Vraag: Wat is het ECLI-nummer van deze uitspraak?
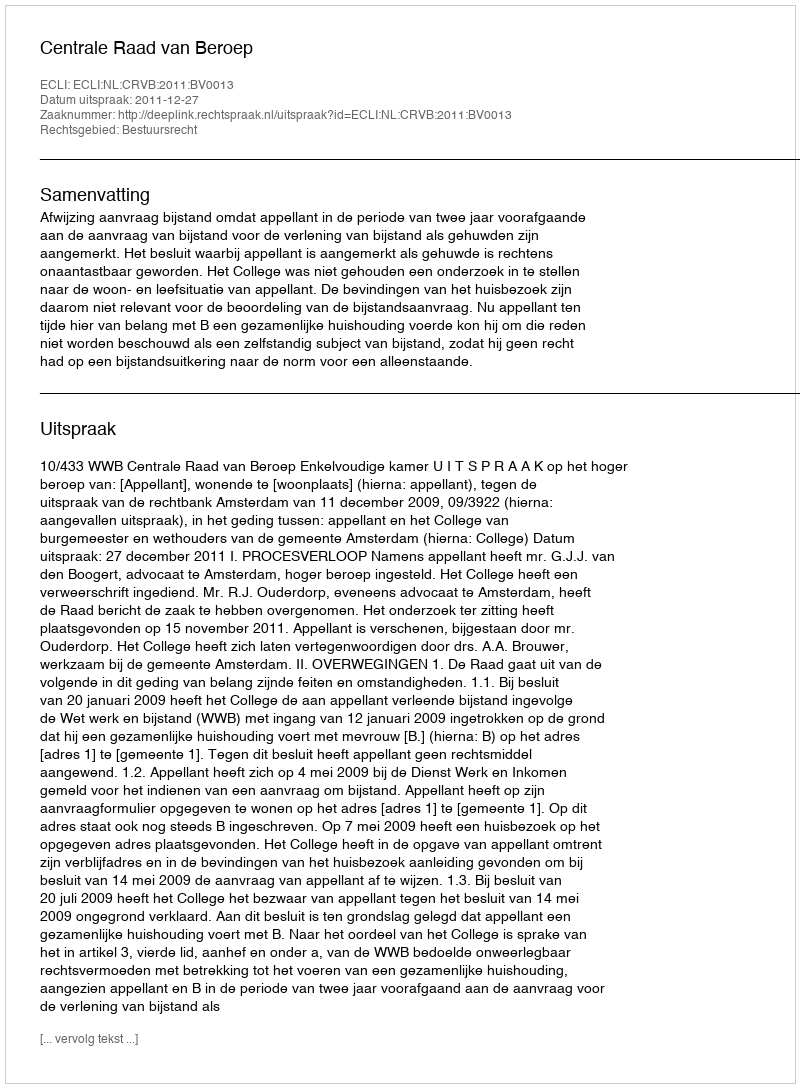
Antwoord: ECLI:NL:CRVB:2011:BV0013